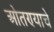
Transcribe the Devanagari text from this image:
ओतण्याचे